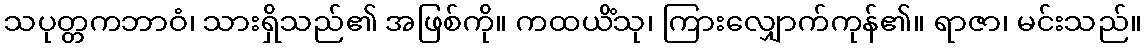
သပုတ္တကဘာဝံ၊ သားရှိသည်၏ အဖြစ်ကို။ ကထယိံသု၊ ကြားလျှောက်ကုန်၏။ ရာဇာ၊ မင်းသည်။